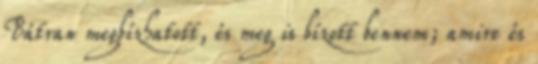
Bátran megbízhatott, és meg is bízott bennem; amire és